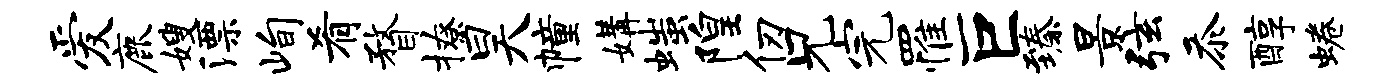
爱鹿嫂漂峋肴瞀撩昊幢媾嗤隍仞兄完罹巨臻景弦忝醇蜷